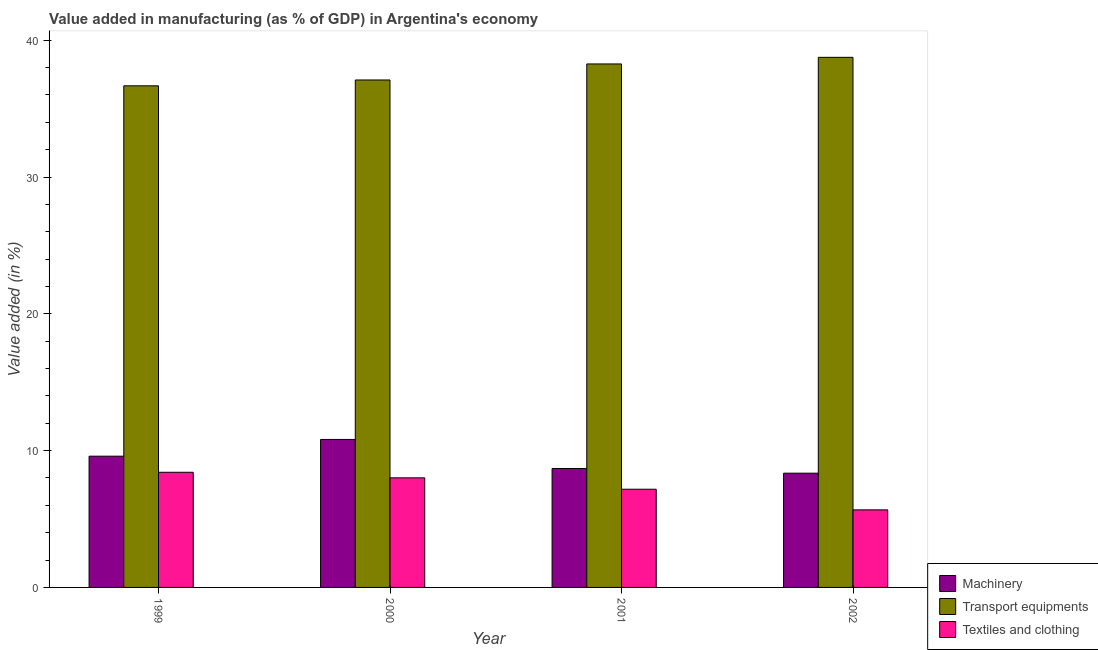
| Year | Machinery | Transport equipments | Textiles and clothing |
 | --- | --- | --- | --- |
 | 1999 | 9.59 | 36.7 | 8.42 |
 | 2000 | 10.8 | 37.1 | 8.01 |
 | 2001 | 8.69 | 38.3 | 7.18 |
 | 2002 | 8.35 | 38.7 | 5.67 |